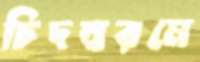
চিদম্বরমে